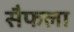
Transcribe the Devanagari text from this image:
सैफला